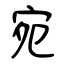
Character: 宛